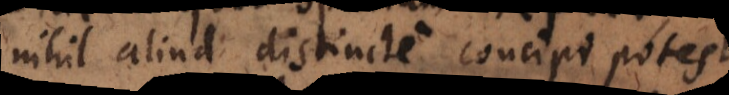
nihil aliud distincte concipi potest